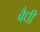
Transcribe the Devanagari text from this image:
बैधी